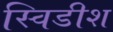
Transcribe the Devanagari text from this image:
स्विडीश